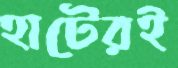
হাটেরই